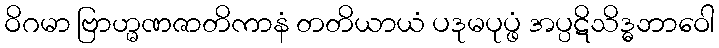
ဝိဂမာ ဗြာဟ္မဏဇာတိကာနံ တတိယာယံ ပဒုမပုပ္ဖံ အပ္ပဋိသိဒ္ဓဘာဝေါ